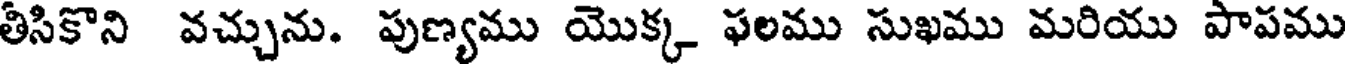
తిసికొని వచ్చును. పుణ్యము యొక్క ఫలము సుఖము మరియు పాపము